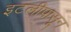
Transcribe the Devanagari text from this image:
इटलीपासून